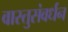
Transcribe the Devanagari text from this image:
वास्तुसंवर्धन